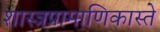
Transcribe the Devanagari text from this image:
शास्त्रप्रामाणिकास्ते